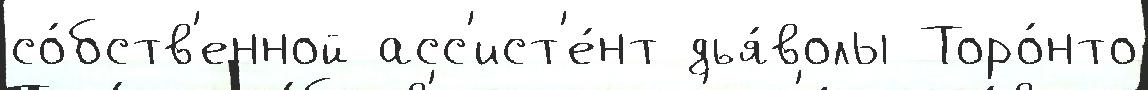
со́бств'енной асс'ист'е́нт дья́волы Торо́нто